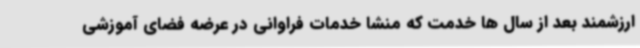
ارزشمند بعد از سال ها خدمت که منشا خدمات فراوانی در عرضه فضای آموزشی